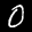
Label: 0